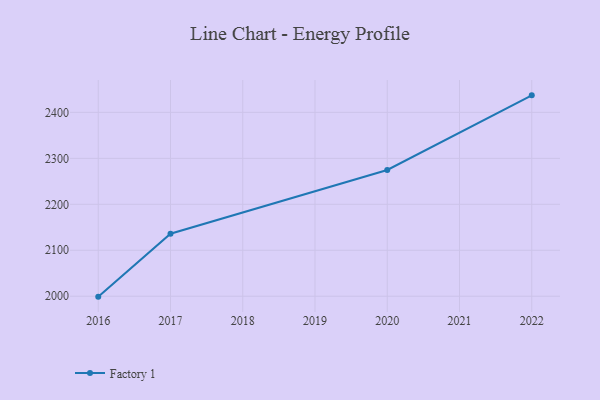
{"axis": {"x": "Year", "y": "Temperature (°C)"}, "legend": ["Factory 1"], "data": [{"x": "2022", "y": 2437.0, "type": "Factory 1"}, {"x": "2020", "y": 2274.6, "type": "Factory 1"}, {"x": "2017", "y": 2136.0, "type": "Factory 1"}, {"x": "2016", "y": 1999.1, "type": "Factory 1"}]}